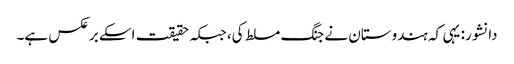
دانشور: یہی کہ ہندوستان نے جنگ مسلط کی، جبکہ حقیقت اسکے برعکس ہے۔